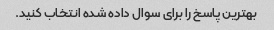
بهترین پاسخ را برای سوال داده شده انتخاب کنید.